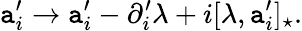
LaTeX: \mathtt{a}_{i}^{\prime}\rightarrow\mathtt{a}_{i}^{\prime}-\partial_{i}^{\prime}\lambda+i[\lambda,\mathtt{a}_{i}^{\prime}]_{\star}.